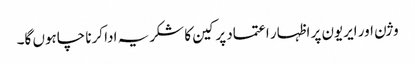
وژن اور ایریون پر اظہار اعتماد پر کین کا شکریہ ادا کرنا چاہوں گا۔